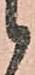
候